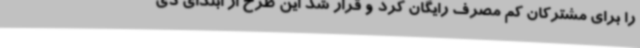
را برای مشترکان کم مصرف رایگان کرد و قرار شد این طرح از ابتدای دی